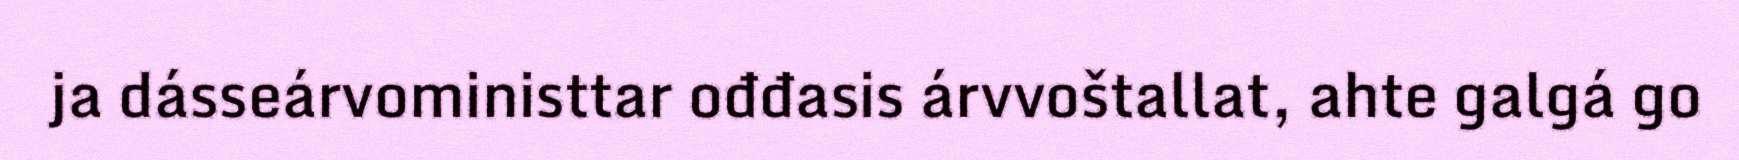
ja dásseárvoministtar ođđasis árvvoštallat, ahte galgá go